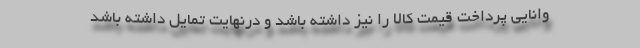
وانایی پرداخت قیمت کالا را نیز داشته باشد و درنهایت تمایل داشته باشد